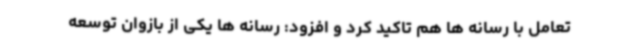
تعامل با رسانه ها هم تاکید کرد و افزود: رسانه ها یکی از بازوان توسعه